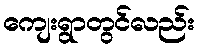
ကျေးရွာတွင်လည်း